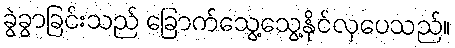
ခွဲခွာခြင်းသည် ခြောက်သွေ့သွေ့နိုင်လှပေသည်။